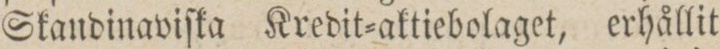
Skandinaviſka Kredit=aktiebolaget, erhållit